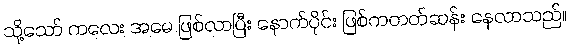
သို့သော် ကလေး အမေ ဖြစ်လာပြီး နောက်ပိုင်း ဖြစ်ကတတ်ဆန်း နေလာသည်။